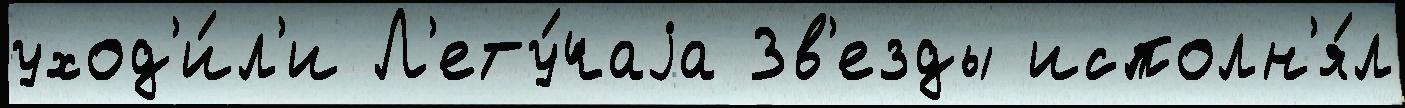
уход'и́л'и Л'ету́чаjа Зв'езды исполн'я́л